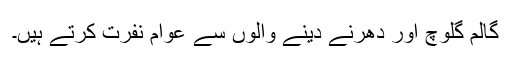
گالم گلوچ اور دھرنے دینے والوں سے عوام نفرت کرتے ہیں۔